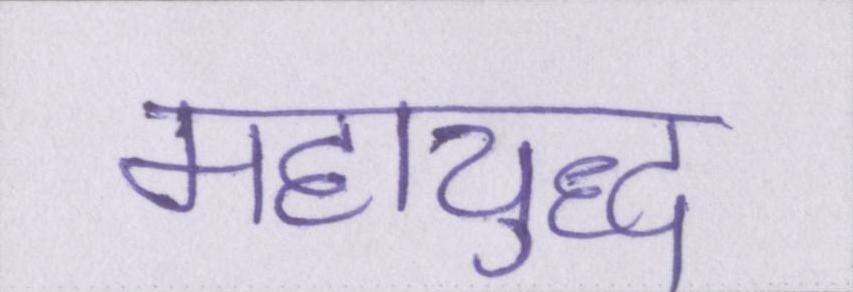
महायुद्ध